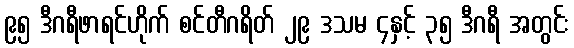
၉၅ ဒီဂရီဖာရင်ဟိုက် စင်တီဂရိတ် ၂၉ ဒသမ ၄နှင့် ၃၅ ဒီဂရီ အတွင်း